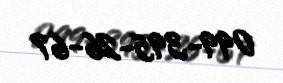
099-395-26-67